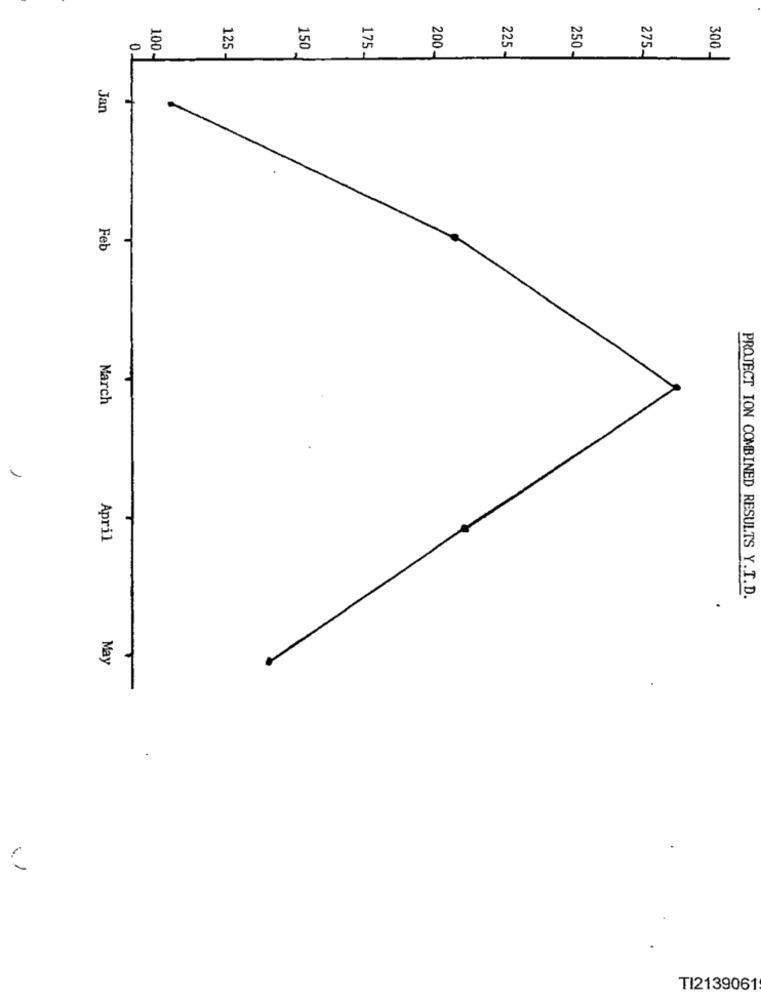
08
125 -
150
175.
200-
300
225 -
250-
275-
Jan
.
Feb
March
April
PROJECT ION COMBINED RESULTS Y.T.D.
May
TI2139061